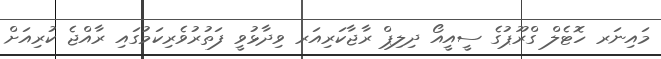
މައިނަރ ހޮޓެލް ގްރޫޕުގެ ސީއީއޯ ދިލިޕް ރާޖާކަރިއަރ ވިދާޅުވީ ފަތުރުވެރިކަމުގައި ރާއްޖެ ކުރިއަށް